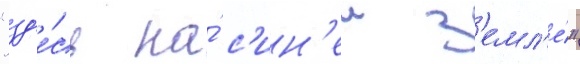
"зд'е́сь на́ с'ин'еи з'емл'е́"